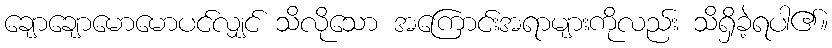
ချောချောမောမောပင်လျှင် သိလိုသော အကြောင်းအရာများကိုလည်း သိရှိခဲ့ရပါ၏။